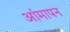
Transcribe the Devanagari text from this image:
आंमापन